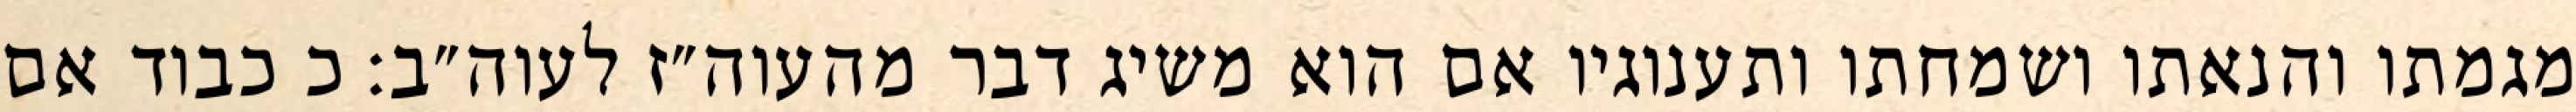
מגמתו והנאתו ושמחתו ותענוגיו אם הוא משיג דבר מהעוה״ז לעוה״ב: כ כבוד אם